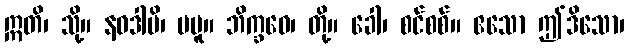
ဣတိ၊ သို့။ နဝဒါမိ၊ မမူ။ ဘိက္ခဝေ၊ တို့။ ခေါ၊ စင်စစ်။ ဧသော ဤဒိသော၊